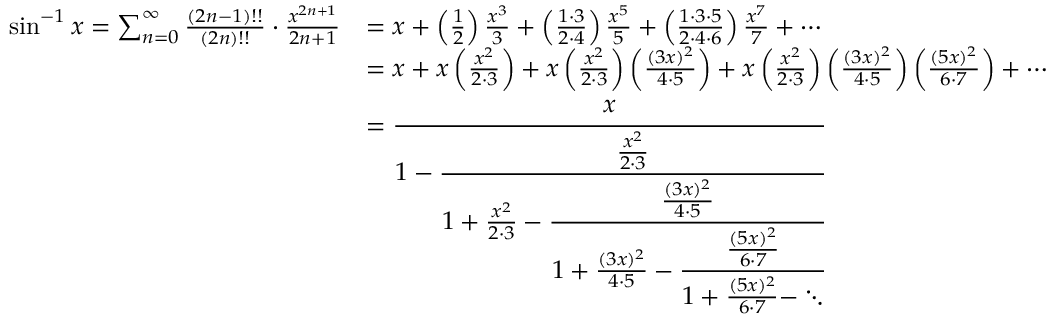
{ \begin{array} { r l } { \sin ^ { - 1 } x = \sum _ { n = 0 } ^ { \infty } { \frac { ( 2 n - 1 ) ! ! } { ( 2 n ) ! ! } } \cdot { \frac { x ^ { 2 n + 1 } } { 2 n + 1 } } } & { = x + \left( { \frac { 1 } { 2 } } \right) { \frac { x ^ { 3 } } { 3 } } + \left( { \frac { 1 \cdot 3 } { 2 \cdot 4 } } \right) { \frac { x ^ { 5 } } { 5 } } + \left( { \frac { 1 \cdot 3 \cdot 5 } { 2 \cdot 4 \cdot 6 } } \right) { \frac { x ^ { 7 } } { 7 } } + \cdots } \\ & { = x + x \left( { \frac { x ^ { 2 } } { 2 \cdot 3 } } \right) + x \left( { \frac { x ^ { 2 } } { 2 \cdot 3 } } \right) \left( { \frac { ( 3 x ) ^ { 2 } } { 4 \cdot 5 } } \right) + x \left( { \frac { x ^ { 2 } } { 2 \cdot 3 } } \right) \left( { \frac { ( 3 x ) ^ { 2 } } { 4 \cdot 5 } } \right) \left( { \frac { ( 5 x ) ^ { 2 } } { 6 \cdot 7 } } \right) + \cdots } \\ & { = { \cfrac { x } { 1 - { \cfrac { \frac { x ^ { 2 } } { 2 \cdot 3 } } { 1 + { \frac { x ^ { 2 } } { 2 \cdot 3 } } - { \cfrac { \frac { ( 3 x ) ^ { 2 } } { 4 \cdot 5 } } { 1 + { \frac { ( 3 x ) ^ { 2 } } { 4 \cdot 5 } } - { \cfrac { \frac { ( 5 x ) ^ { 2 } } { 6 \cdot 7 } } { 1 + { \frac { ( 5 x ) ^ { 2 } } { 6 \cdot 7 } } - \ddots } } } } } } } } } \end{array} }